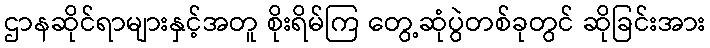
ဌာနဆိုင်ရာများနှင့်အတူ စိုးရိမ်ကြ တွေ့ဆုံပွဲတစ်ခုတွင် ဆိုခြင်းအား